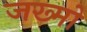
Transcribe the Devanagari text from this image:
जख्मो